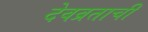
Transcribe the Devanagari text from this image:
देवव्रताची